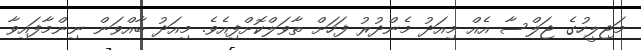
މަޖިލީހުގެ ޖަލްސާ އެއް މިއަދު މެންދުރު ފަހަށް ތާވަލްކޮށްފިއެވެ. މިއަދު ބާއްވަން ނިންމާފައިވާ